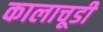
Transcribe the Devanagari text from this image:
कालाचूडी